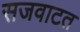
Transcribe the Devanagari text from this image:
सजवाटत